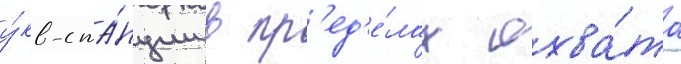
у́кв-ста́нции в пр'ед'е́лах охва́та